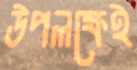
উপলক্ষেই